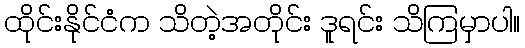
ထိုင်းနိုင်ငံက သိတဲ့အတိုင်း ဒူရင်း သိကြမှာပါ။